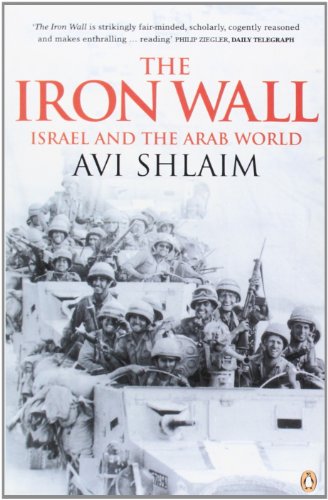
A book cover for The Iron Wall: Israel and the Arab World 1948-1998; Avi Shlaim; History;